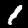
Label: 1